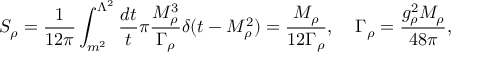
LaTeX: S _ { \rho } = { \frac { 1 } { 1 2 \pi } } \int _ { m ^ { 2 } } ^ { \Lambda ^ { 2 } } { \frac { d t } { t } } \pi { \frac { M _ { \rho } ^ { 3 } } { \Gamma _ { \rho } } } \delta ( t - M _ { \rho } ^ { 2 } ) = { \frac { M _ { \rho } } { 1 2 \Gamma _ { \rho } } } , \; \; \; \; \Gamma _ { \rho } = { \frac { g _ { \rho } ^ { 2 } M _ { \rho } } { 4 8 \pi } } ,